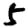
Digit: 5